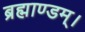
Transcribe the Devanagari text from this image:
ब्रह्माण्डम्।